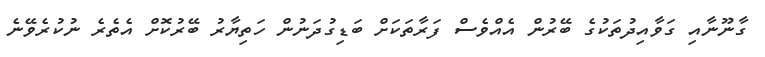
ގާނޫނާއި ގަވާއިދުތަކުގެ ބޭރުން އެއްވެސް ފަރާތަކަށް ބަޑިގުދަނުން ހަތިޔާރު ބޭރުކޮށް އެތެރެ ނުކުރެވޭނެ